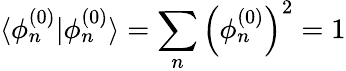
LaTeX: \langle\phi_{n}^{(0)}|\phi_{n}^{(0)}\rangle=\sum_{n}\left(\phi_{n}^{(0)}\right)^{2}=1